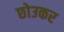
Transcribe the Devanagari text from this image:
छोउकर